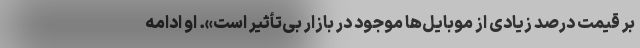
بر قیمت درصد زیادی از موبایل‌ها موجود در بازار بی‌تأثیر است». او ادامه